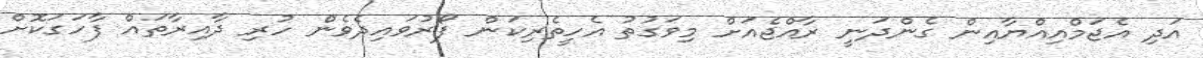
އަދި އެޖަމްއިއްޔާއިން ގެންދަނީ ރާއްޖެއަށް މިވަގުތު އެހީތެރިކަން ފޯރުވައިދެވެން ހުރި ދާއިރާތައް ފާހަގަކޮށް